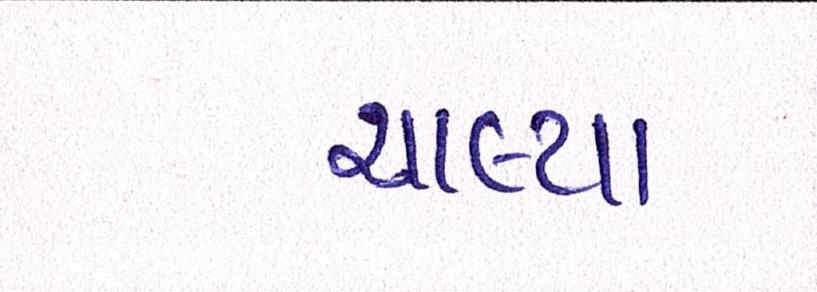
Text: ચાલ્યા